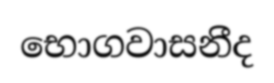
භොගවාසනීද